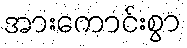
အားကောင်းစွာ